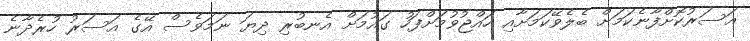
އަސަރުކޮށްފާނެކަމަށް ބެލެވޭކަމަށާއި ހައްޖުވުމަށްފަހު ގައުމަށް އެނބުރި ދިޔަ ނަމަވެސް އޭގެ އަސަރު ހުރެދާނެ